Annual report of the Imperial Bacteriologist
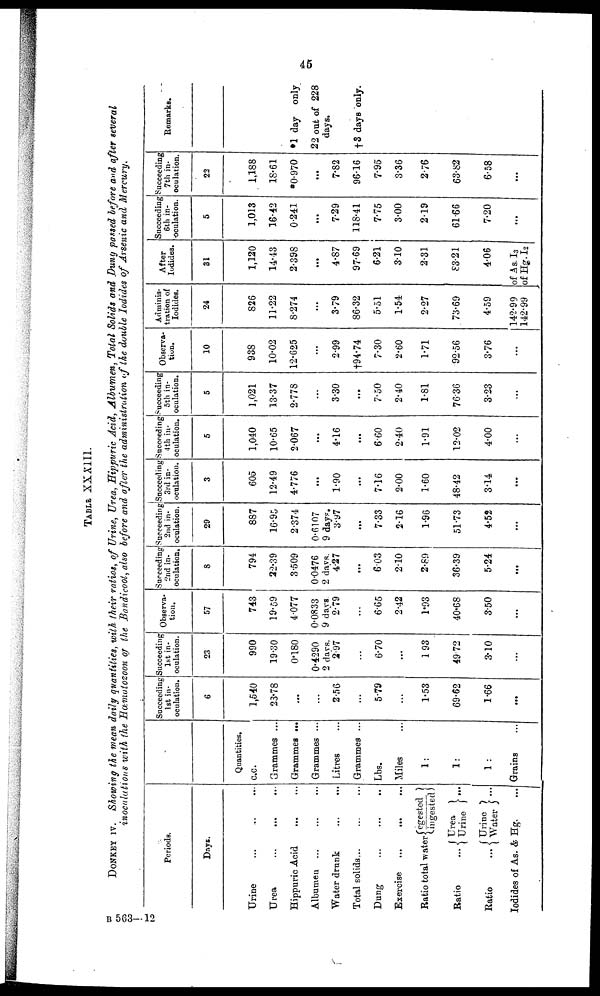
45
TABLE XXXIII.
DONKEY IV. Showing the mean daily quantities, with their ratios, of Urine, Urea, Hippuric Acid, Albumen, Total Solids and Dung passed before and after several
inoculations with the Hæmatozoon of the Bandicoot, also before and after the administration of the double Iodides of Arsenic and Mercury.
Periods.
Days.
Urine
Urea
Hippuric Acid
...
Albumen ...
Water drunk
...
...
Total solids,..
Dung
Exercise
...
...
...
Ratio total water{egested
ingested}
Ratio ..{ Urea
Urine }...
Ratio ...{Urine
Water}...
Iodides of As. & Hg.
Quantities.
c.c.
Grammes ...
Grammes ...
Grammes ...
Litres
Grammes ...
Lbs.
Miles
1:
1:
1 :
Grains
Succeeding
1st in-
oculation.
6
1,540
23.78
...
2.56
...
5.79
...
1.53
69.62
1.66
...
Succeeding
1st in-
oculation.
23
990
19.30
0.180
0.4290
2 days.
2.97
...
6.70
...
1.93
49.72
3.10
...
Observa-
tion.
57
743
19.59
4.077
0.0833
9 days.
2.79
...
6.65
2.42
1.93
40.68
3.50
...
Succeeding
2nd in-
oculation.
8
794
22.39
3.509
0.0476
2 days.
4.27
...
6.03
2.10
2.89
36.39
5.24
...
Succeeding
2nd in-
oculation.
29
887
16.95
2.374
0.6107
9 days.
3.97
...
7.33
2.16
1.96
51.73
4.52
...
Succeeding
3rd in-
oculation.
3
605
12.49
4.776
1.90
...
7.16
2.00
1.60
48.42
3.14
...
Succeeding
4th in-
oculation.
5
1,040
10.65
2.067
4.16
...
6.60
2.40
1.91
12.02
4.00
...
Succeeding
5th in-
oculation.
5
1,021
13.37
2.778
3.30
•••
7.50
2.40
1.81
76.36
3.23
...
Observa-
tion.
10
938
10.02
12.625
2.99
†94.74
7.30
2.60
1.71
92.56
3.76
...
Adminis-
tration of
Iodides.
24
826
11.22
8.274
3.79
86.32
5.51
1.54
2.27
73.69
4.59
142.99
142.99
After
Iodides.
31
1,120
14.43
2.398
...
4.87
97.69
6.21
3.10
2.31
83.21
4.06
of As. I 3
of Hg.I 2
Succeeding
6th in-
oculation,
5
1,013
16.42
0.241
7.29
118.41
7.75
3.00
2.19
61.66
7.20
...
Succeeding
7th in-
oculation.
22
1,188
18.61
*0.970
7.82
96.16
7.95
3.36
2.76
63.82
6.58
...
Remarks.
*1 day only
22 out of 228
days.
†3 days only.
B 563-12